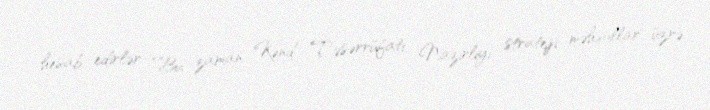
hesab edirlər: “Bu zaman Kənd Təsərrüfatı Nazirliyi strateji məhsullar üzrə